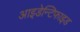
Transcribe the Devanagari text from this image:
आइडेन्टिफाइड